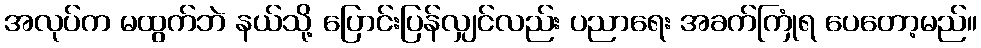
အလုပ်က မထွက်ဘဲ နယ်သို့ ပြောင်းပြန်လျှင်လည်း ပညာရေး အခက်ကြုံရ ပေတော့မည်။